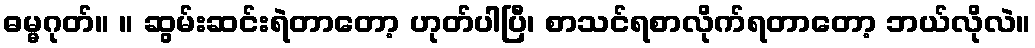
ဓမ္မဂုတ်။ ။ ဆွမ်းဆင်းရဲတာတော့ ဟုတ်ပါပြီ၊ စာသင်ရစာလိုက်ရတာတော့ ဘယ်လိုလဲ။